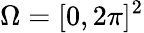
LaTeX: \Omega=[0,2\pi]^{2}